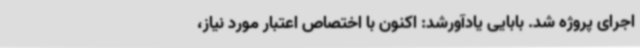
اجرای پروژه شد. بابایی یادآورشد: اکنون با اختصاص اعتبار مورد نیاز،